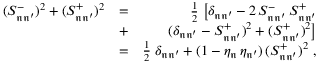
\begin{array} { r l r } { ( S _ { \mathfrak { n } \mathfrak { n ^ { \prime } } } ^ { - } ) ^ { 2 } + ( S _ { \mathfrak { n } \mathfrak { n ^ { \prime } } } ^ { + } ) ^ { 2 } } & { = } & { \frac { 1 } { 2 } \; \big [ \delta _ { \mathfrak { n } \mathfrak { n ^ { \prime } } } - 2 \, S _ { \mathfrak { n } \mathfrak { n ^ { \prime } } } ^ { - } \, S _ { \mathfrak { n } \mathfrak { n ^ { \prime } } } ^ { + } } \\ & { + } & { ( \delta _ { \mathfrak { n } \mathfrak { n ^ { \prime } } } - S _ { \mathfrak { n } \mathfrak { n ^ { \prime } } } ^ { + } ) ^ { 2 } + ( S _ { \mathfrak { n } \mathfrak { n ^ { \prime } } } ^ { + } ) ^ { 2 } \big ] } \\ & { = } & { \frac { 1 } { 2 } \; \delta _ { \mathfrak { n } \mathfrak { n ^ { \prime } } } + ( 1 - \eta _ { \mathfrak { n } } \, \eta _ { \mathfrak { n ^ { \prime } } } ) \, ( S _ { \mathfrak { n } \mathfrak { n ^ { \prime } } } ^ { + } ) ^ { 2 } \ , } \end{array}